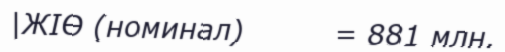
|ЖІӨ (номинал)         = 881 млн.